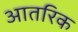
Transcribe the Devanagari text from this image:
आतरिक